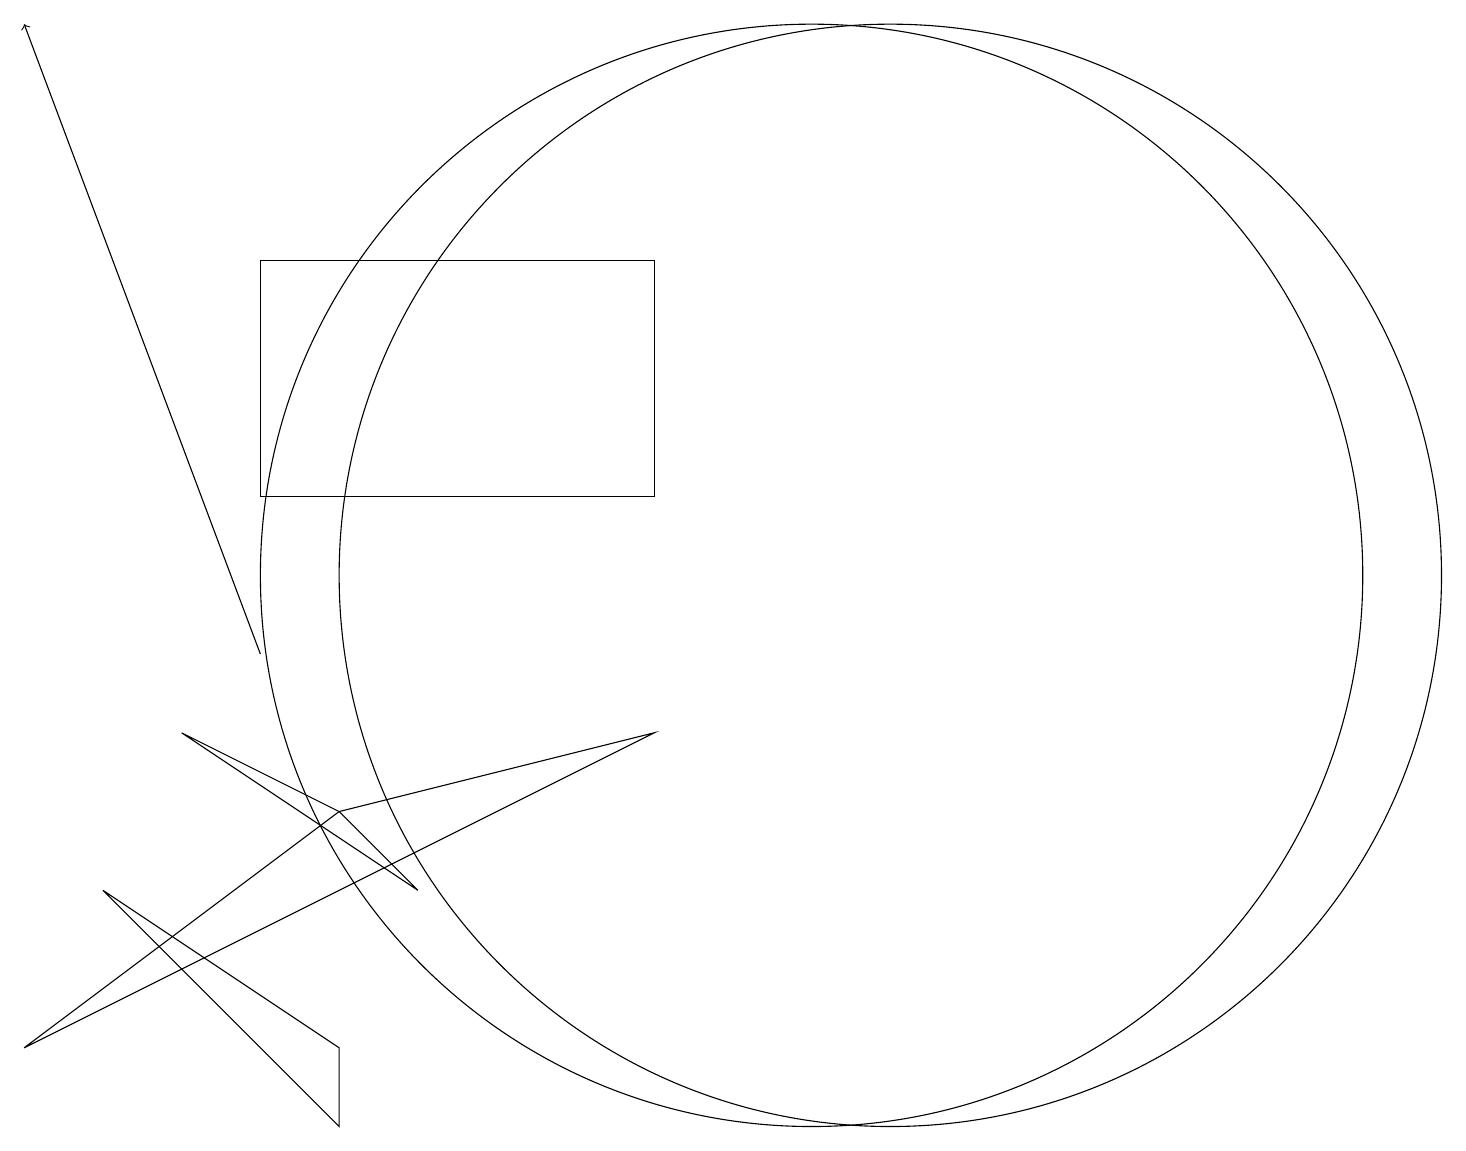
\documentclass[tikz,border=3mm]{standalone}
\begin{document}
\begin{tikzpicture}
\draw (3,12) rectangle (8,15);
\draw[->] (3,10) -- (0,18);
\draw (8,9) -- (0,5) -- (4,8) -- cycle;
\draw (4,4) -- (1,7) -- (4,5) -- cycle;
\draw (5,7) -- (4,8) -- (2,9) -- cycle;
\draw (11,11) circle (7);
\draw (10,11) circle (7);
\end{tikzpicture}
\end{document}